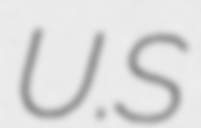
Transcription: U.S